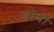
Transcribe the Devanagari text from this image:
बोयी